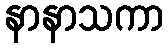
နာနာသကာ